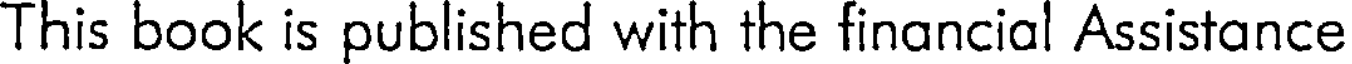
This book is published with the financial Assistance